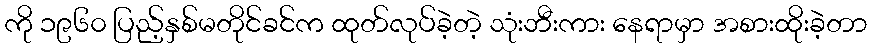
ကို ၁၉၆၀ ပြည့်နှစ်မတိုင်ခင်က ထုတ်လုပ်ခဲ့တဲ့ သုံးဘီးကား နေရာမှာ အစားထိုးခဲ့တာ